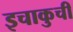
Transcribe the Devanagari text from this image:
इचाकुची